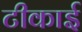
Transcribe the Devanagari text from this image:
टीकाई